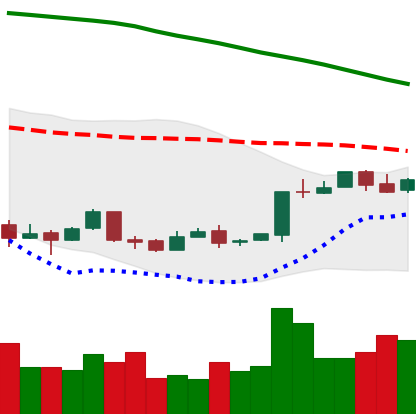
Ticker: BTC-USD
Chart end date: 2018-04-18
Forward return: 9.401%
Label: up_7plus